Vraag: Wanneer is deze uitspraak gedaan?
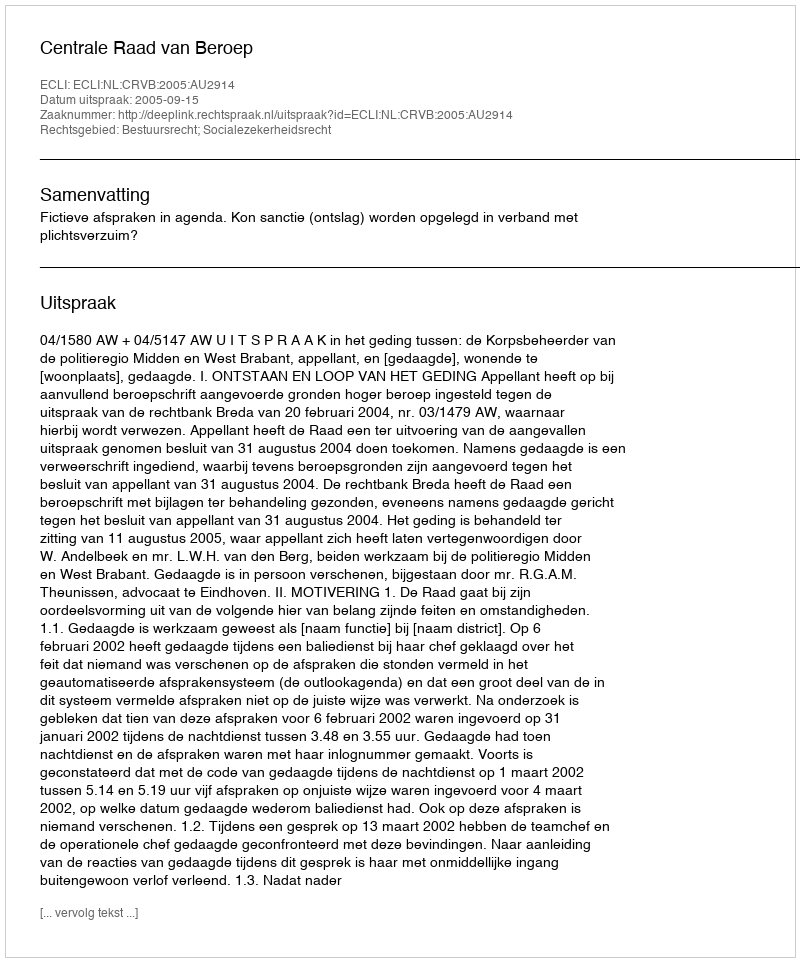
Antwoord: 2005-09-15